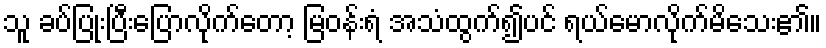
သူ ခပ်ပြုံးပြီးပြောလိုက်တော့ မြဝန်းရံ အသံထွက်၍ပင် ရယ်မောလိုက်မိသေး၏။